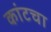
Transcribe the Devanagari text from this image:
कांटचा